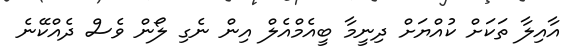
އާއިލާ ތަކަށް ކުއްޔަށް ދިނީމާ ބީއެމްއެލް އިން ނެގި ލޯން ވެސް ދެއްކޭނެ